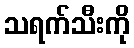
သရက်သီးကို